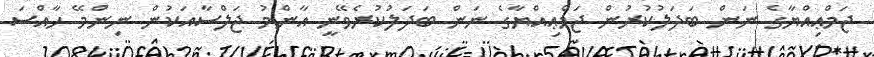
ޖަމްޢިއްޔާގެ ނަން ބަދަލުކުރުން ޖަމްޢިއްޔާގެ ނަން ބަދަލުކުރެވޭނީ އާންމު ޖަލްސާއަކުން ނިންމޭ ހާއްސަ